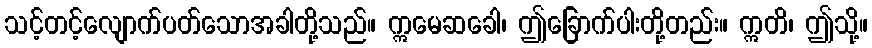
သင့်တင့်လျောက်ပတ်သောအခါတို့သည်။ ဣမေဆခေါ၊ ဤခြောက်ပါးတို့တည်း။ ဣတိ၊ ဤသို့။